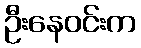
ဦးနေဝင်းက